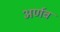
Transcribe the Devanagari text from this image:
अर्णब